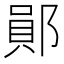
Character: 鄖